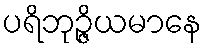
ပရိဘုဉ္ဇိယမာနေ